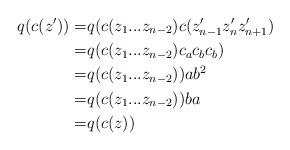
LaTeX: \begin{align*}q(c(z'))=& q(c(z_1...z_{n-2})c(z_{n-1}'z_n'z_{n+1}') \\=& q(c(z_1...z_{n-2})c_ac_bc_b) \\=& q(c(z_1...z_{n-2}))ab^2 \\=& q(c(z_1...z_{n-2}))ba \\=& q(c(z))\end{align*}